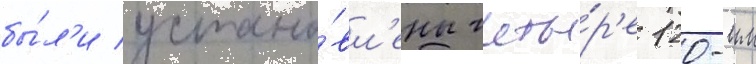
бы́л'и устано́вл'ены четы́р'е 120-мм